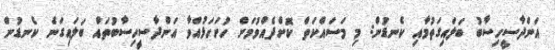
އަންދާސީހިސާބު ބަލައިގަތުމާއި ކެނޑުން: މި މަސައްކަތް ކޮށްދެއްވުމަށް ހުށަހަޅުއްވާ އަންދާސީހިސާބުތައް ބަލައިގަނެ ކެނޑުން